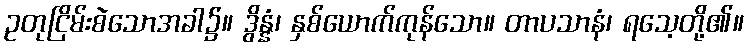
ဥတုငြိမ်းစဲသောအခါ၌။ ဒွိန္နံ၊ နှစ်ယောက်ကုန်သော။ တာပသာနံ၊ ရသေ့တို့၏။